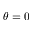
\theta = 0